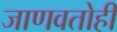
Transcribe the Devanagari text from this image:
जाणवतोही